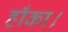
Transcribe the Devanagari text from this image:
हाँका।